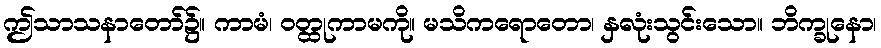
ဤသာသနာတော်၌။ ကာမံ၊ ဝတ္ထုကာမကို။ မသိကရောတော၊ နှလုံးသွင်းသော။ ဘိက္ခုနော၊